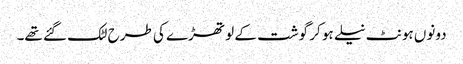
دونوں ہونٹ نیلے ہو کر گوشت کے لو تھڑے کی طرح لٹک گئے تھے۔